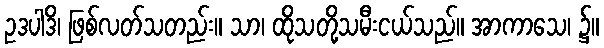
ဥဒပါဒိ၊ ဖြစ်လတ်သတည်း။ သာ၊ ထိုသတို့သမီးငယ်သည်။ အာကာသေ၊ ၌။